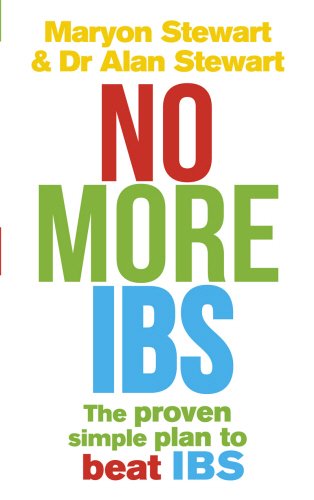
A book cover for NO MORE IBS: BEAT IRRITABLE BOWEL SYNDROME WITH THE MEDICALLY PROVEN WOMEN'S NUTRITIONAL ADVISORY SERVICE PROGRAMME; ALAN STEWART' 'MARYON STEWART; Health, Fitness & Dieting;